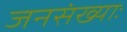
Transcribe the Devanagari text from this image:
जनसंख्याः